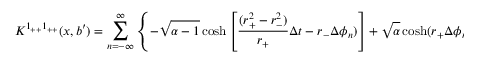
K ^ { 1 _ { + + } 1 _ { + + } } ( x , b ^ { \prime } ) = \sum _ { n = - \infty } ^ { \infty } \left\{ - \sqrt { \alpha - 1 } \cosh \left[ { \frac { ( r _ { + } ^ { 2 } - r _ { - } ^ { 2 } ) } { r _ { + } } } \Delta t - r _ { - } \Delta \phi _ { n } ) \right] + \sqrt { \alpha } \cosh ( r _ { + } \Delta \phi _ { n } ) \right\} ^ { - 2 h _ { + } } .